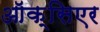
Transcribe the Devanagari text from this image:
ऑक्सिएर